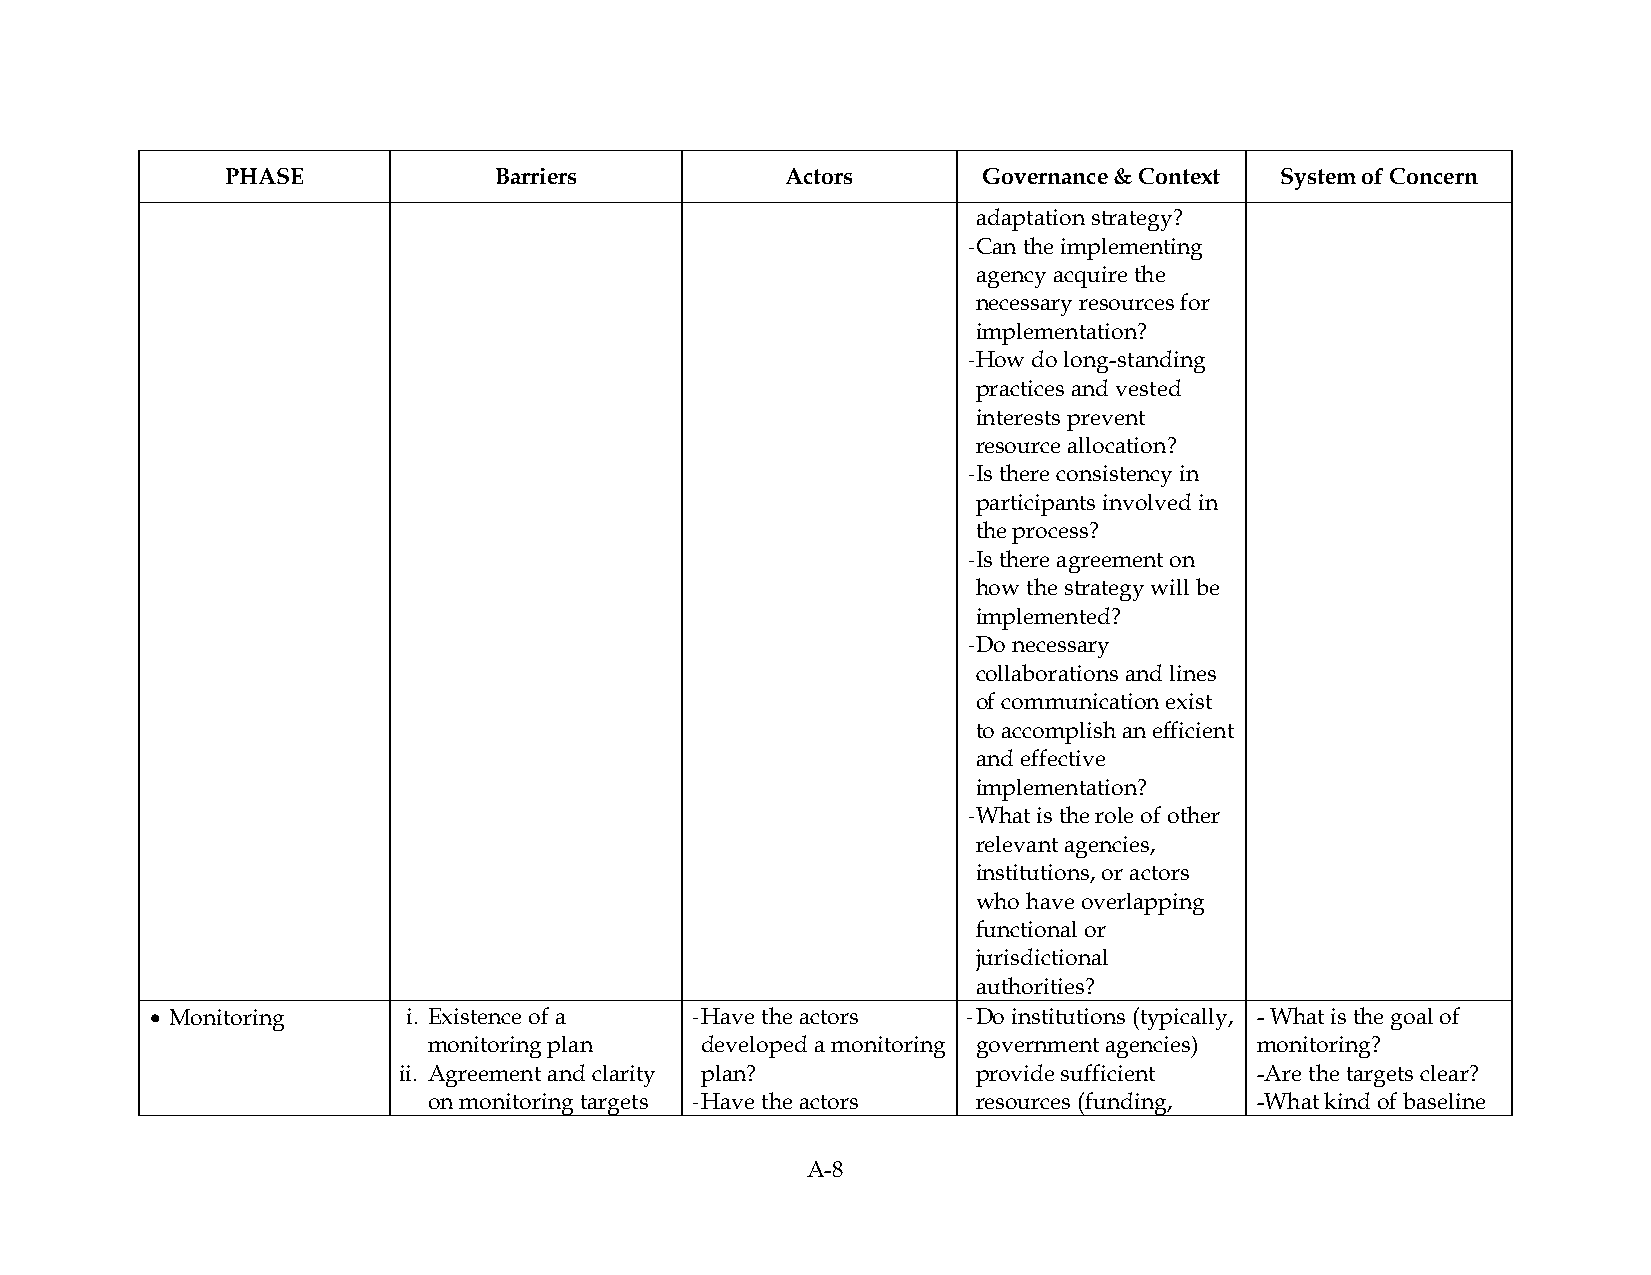
PHASE             Barriers           Actors       Governance & Context System of Concern
 adaptation strategy?
 ‐ Can the implementing
 agency acquire the
 necessary resources for
 implementation?
 ‐ How do long-standing
 practices and vested
 interests prevent
 resource allocation?
 ‐ Is there consistency in
 participants involved in
 the process?
 ‐ Is there agreement on
 how the strategy will be
 implemented?
 ‐ Do necessary
 collaborations and lines
 of communication exist
 to accomplish an efficient
 and effective
 implementation?
 ‐ What is the role of other
 relevant agencies,
 institutions, or actors
 who have overlapping
 functional or
 jurisdictional
 authorities?
 • Monitoring     i. Existence of a  ‐ Have the actors ‐ Do institutions (typically, - What is the goal of
 monitoring plan   developed a monitoring government agencies) monitoring?
 ii. Agreement and clarity plan?        provide sufficient -Are the targets clear?
 on monitoring targets ‐ Have the actors resources (funding, -What kind of baseline
 A-8